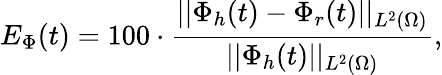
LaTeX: E_{\Phi}(t)=100\cdot\frac{||\Phi_{h}(t)-\Phi_{r}(t)||_{L^{2}(\Omega)}}{||{\Phi_{h}}(t)||_{L^{2}(\Omega)}},